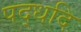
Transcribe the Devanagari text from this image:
पद्धदि